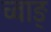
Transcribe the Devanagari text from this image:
च्वाङ्‌